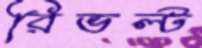
রিভল্ট